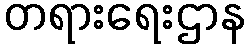
တရားရေးဌာန